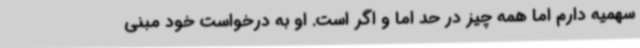
سهمیه دارم اما همه چیز در حد اما و اگر است. او به درخواست خود مبنی